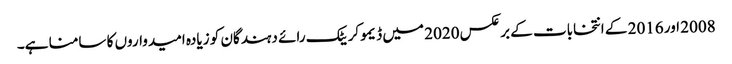
2008 اور 2016 کے انتخابات کے برعکس 2020 میں ڈیموکریٹک رائے دہندگان کو زیادہ امیدواروں کا سامنا ہے۔